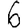
Digit: 6